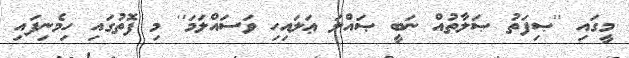
މީގައި ''ޞިފަތު ޞަލާތުއް ނަބީ ޞައްލަ ޢަލައިހި ވަސައްލަމަ'' މި ފޮތުގައި ހިމެނިފައި